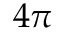
4 \pi